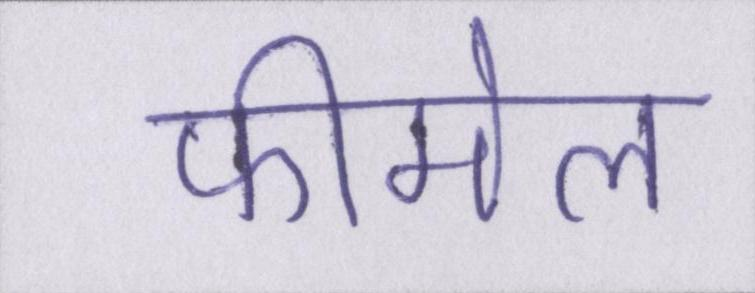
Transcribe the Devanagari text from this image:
फीमेल